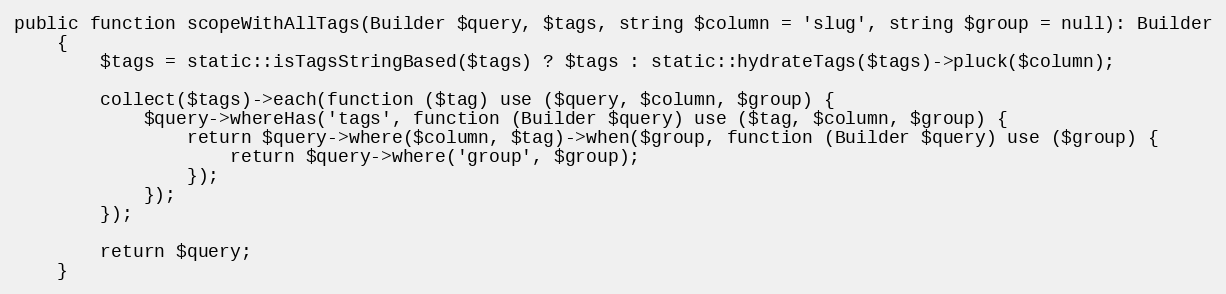
Language: PHP
public function scopeWithAllTags(Builder $query, $tags, string $column = 'slug', string $group = null): Builder
    {
        $tags = static::isTagsStringBased($tags) ? $tags : static::hydrateTags($tags)->pluck($column);

        collect($tags)->each(function ($tag) use ($query, $column, $group) {
            $query->whereHas('tags', function (Builder $query) use ($tag, $column, $group) {
                return $query->where($column, $tag)->when($group, function (Builder $query) use ($group) {
                    return $query->where('group', $group);
                });
            });
        });

        return $query;
    }